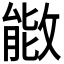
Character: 𫿌